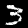
Digit: 3